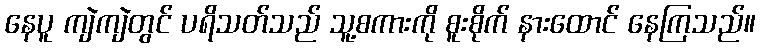
နေပူ ကျဲကျဲတွင် ပရိသတ်သည် သူ့စကားကို စူးစိုက် နားထောင် နေကြသည်။